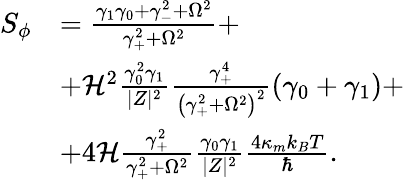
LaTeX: \begin{array}{rl}{S_{\phi}}&{=\frac{\gamma_{1}\gamma_{0}+\gamma_{-}^{2}+\Omega^{2}}{\gamma_{+}^{2}+\Omega^{2}}+}\\ &{+\mathcal{H}^{2}\frac{\gamma_{0}^{2}\gamma_{1}}{|Z|^{2}}\frac{\gamma_{+}^{4}}{\left(\gamma_{+}^{2}+\Omega^{2}\right)^{2}}\left(\gamma_{0}+\gamma_{1}\right)+}\\ &{+4\mathcal{H}\frac{\gamma_{+}^{2}}{\gamma_{+}^{2}+\Omega^{2}}\frac{\gamma_{0}\gamma_{1}}{|Z|^{2}}\frac{4\kappa_{m}k_{B}T}{\hbar}.}\end{array}